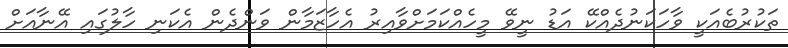
ތަކުރުބެއަކީ ވާހަކަނުދެއްކޭ އަޑު ނީވޭ މީހެއްކަމަށްވާއިރު އެހާޒަމާން ވަންދެން އެކަނި ހާލުގައި އޭނާއަށް